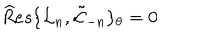
{ \widehat R e s } \{ { \mathcal L } _ { n } , \tilde { \mathcal L } _ { - n } \} _ { \theta } = 0